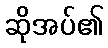
ဆိုအပ်၏